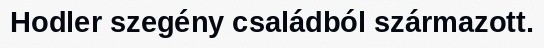
Hodler szegény családból származott.